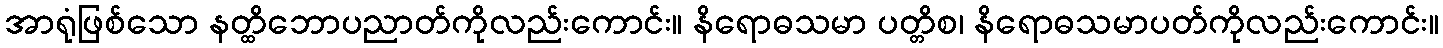
အာရုံဖြစ်သော နတ္ထိဘောပညာတ်ကိုလည်းကောင်း။ နိရောဓသမာ ပတ္တိစ၊ နိရောဓသမာပတ်ကိုလည်းကောင်း။